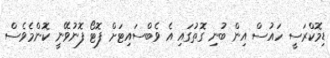
ޑިމޮކްރަސީ ހައުސް އިން ބުނި ގޮތުގައި އެ ވެބްސައިޓަށް ފޮޓޯ ފޮނުވޭނީ ކޮންމެވެސް